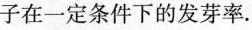
子在一定条件下的发芽率.